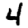
Digit: 4